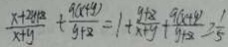
\frac { x + 2 y + 8 } { x + y } + \frac { 9 ( x + y ) } { y + z } = 1 + \frac { y + z } { x + y } + \frac { 9 ( x + y ) } { y + z } = \frac { 1 } { 5 }